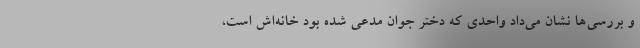
و بررسی‌ها نشان می‌داد واحدی که دختر جوان مدعی شده بود خانه‌اش است،